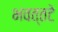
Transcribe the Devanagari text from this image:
भवत्तटे